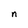
Character: n